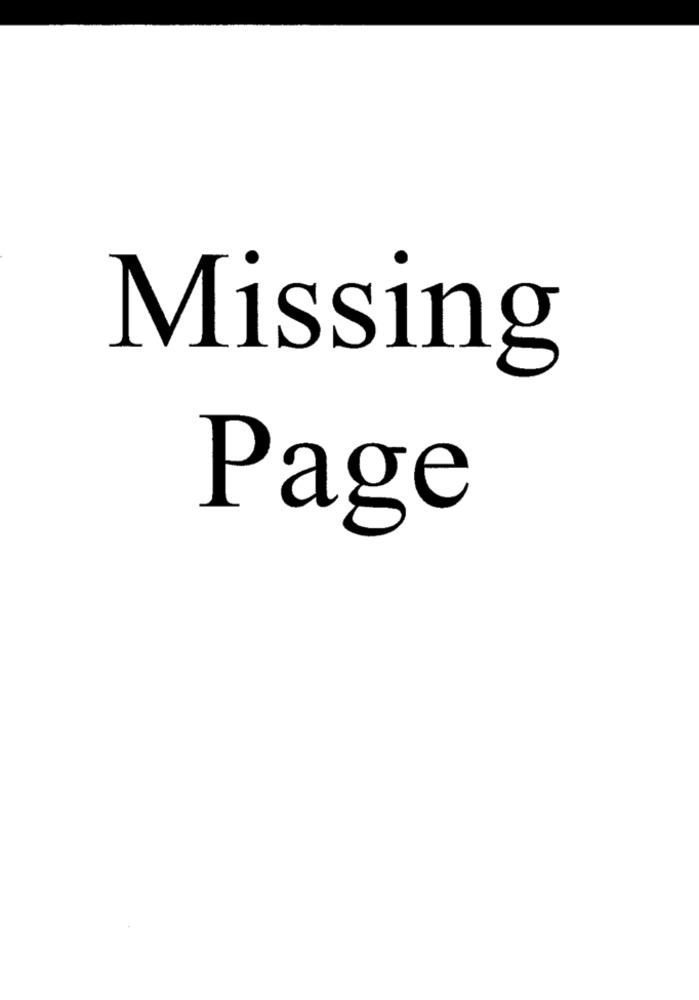
Missing
Page